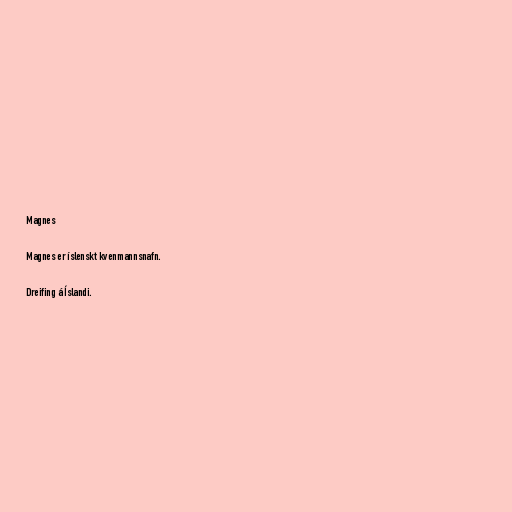
Magnes

Magnes er íslenskt kvenmannsnafn.

Dreifing á Íslandi.